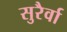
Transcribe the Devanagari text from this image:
सुरैर्वा